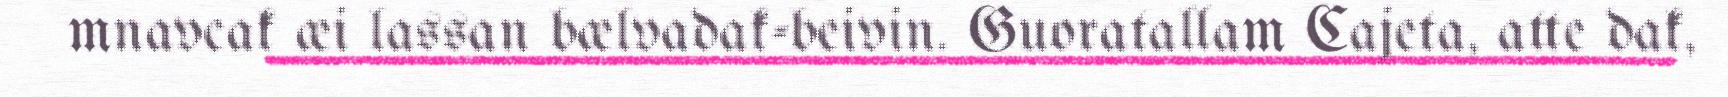
mnavcak æi lassan bælvadak-beivin. Guoratallam Cajeta, atte dak,